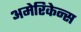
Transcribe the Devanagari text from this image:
अमेरिकेन्स